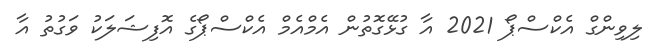
ލިވިންގް އެކްސްޕޯ 2021 އާ ގުޅޭގޮތުން އެމްއެމް އެކްސްޕޯގެ އޮފިޝަލަކު ވަގުތު އާ